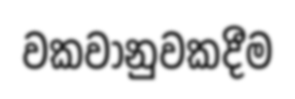
වකවානුවකදීම